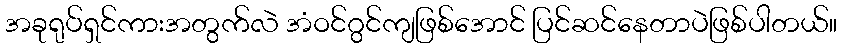
အခုရုပ်ရှင်ကားအတွက်လဲ အံဝင်ဂွင်ကျဖြစ်အောင် ပြင်ဆင်နေတာပဲဖြစ်ပါတယ်။